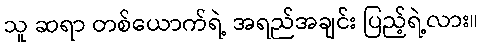
သူ ဆရာ တစ်ယောက်ရဲ့ အရည်အချင်း ပြည့်ရဲ့လား။